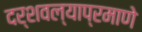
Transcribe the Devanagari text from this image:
दर्शवल्याप्रमाणे